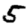
Digit: 5